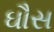
ઘૌસ